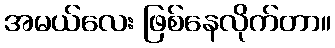
အမယ်လေး ဖြစ်နေလိုက်တာ။